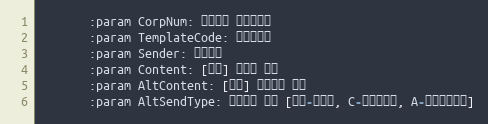
Language: Python
       :param CorpNum: 팝빌회원 사업자번호
       :param TemplateCode: 템플릿코드
       :param Sender: 발신번호
       :param Content: [동보] 알림톡 내용
       :param AltContent: [동보] 대체문자 내용
       :param AltSendType: 대체문자 유형 [공백-미전송, C-알림톡내용, A-대체문자내용]